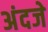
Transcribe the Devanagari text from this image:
अंदजे